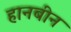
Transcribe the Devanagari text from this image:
हानबीन